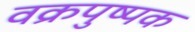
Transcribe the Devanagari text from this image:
वक्रपुष्पक